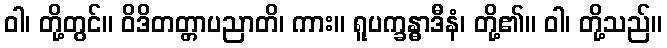
ဝါ၊ တို့တွင်။ ဝိဒိတတ္တာပညာတိ၊ ကား။ ရူပက္ခန္ဓာဒီနံ၊ တို့၏။ ဝါ၊ တို့သည်။